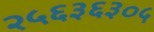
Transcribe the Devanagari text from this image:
२५६३६३०५